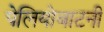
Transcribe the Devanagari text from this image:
पेलियोबाटनी